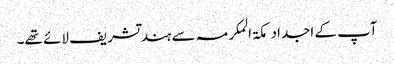
آپ کے اجداد مکۃ المکرمہ سے ہند تشریف لائے تھے۔